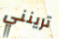
ترينني